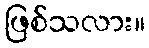
ဖြစ်သလား။